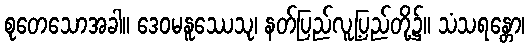
စုတေသောအခါ။ ဒေဝမနူဿေသု၊ နတ်ပြည်လူ့ပြည်တို့၌။ သံသရန္တော၊